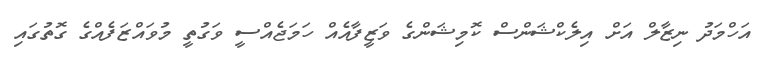
އަހްމަދު ނިޒާލް އަށް އިލެކްޝަންސް ކޮމިޝަންގެ ވަޒީފާއެއް ހަމަޖެއްސީ ވަގުތީ މުވައްޒަފެއްގެ ގޮތުގައި